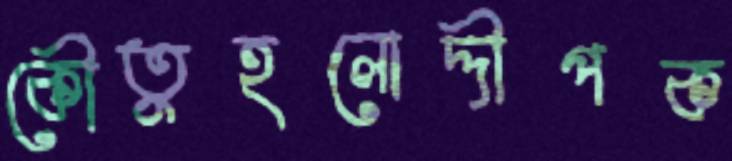
কৌতুহলোদ্দীপক